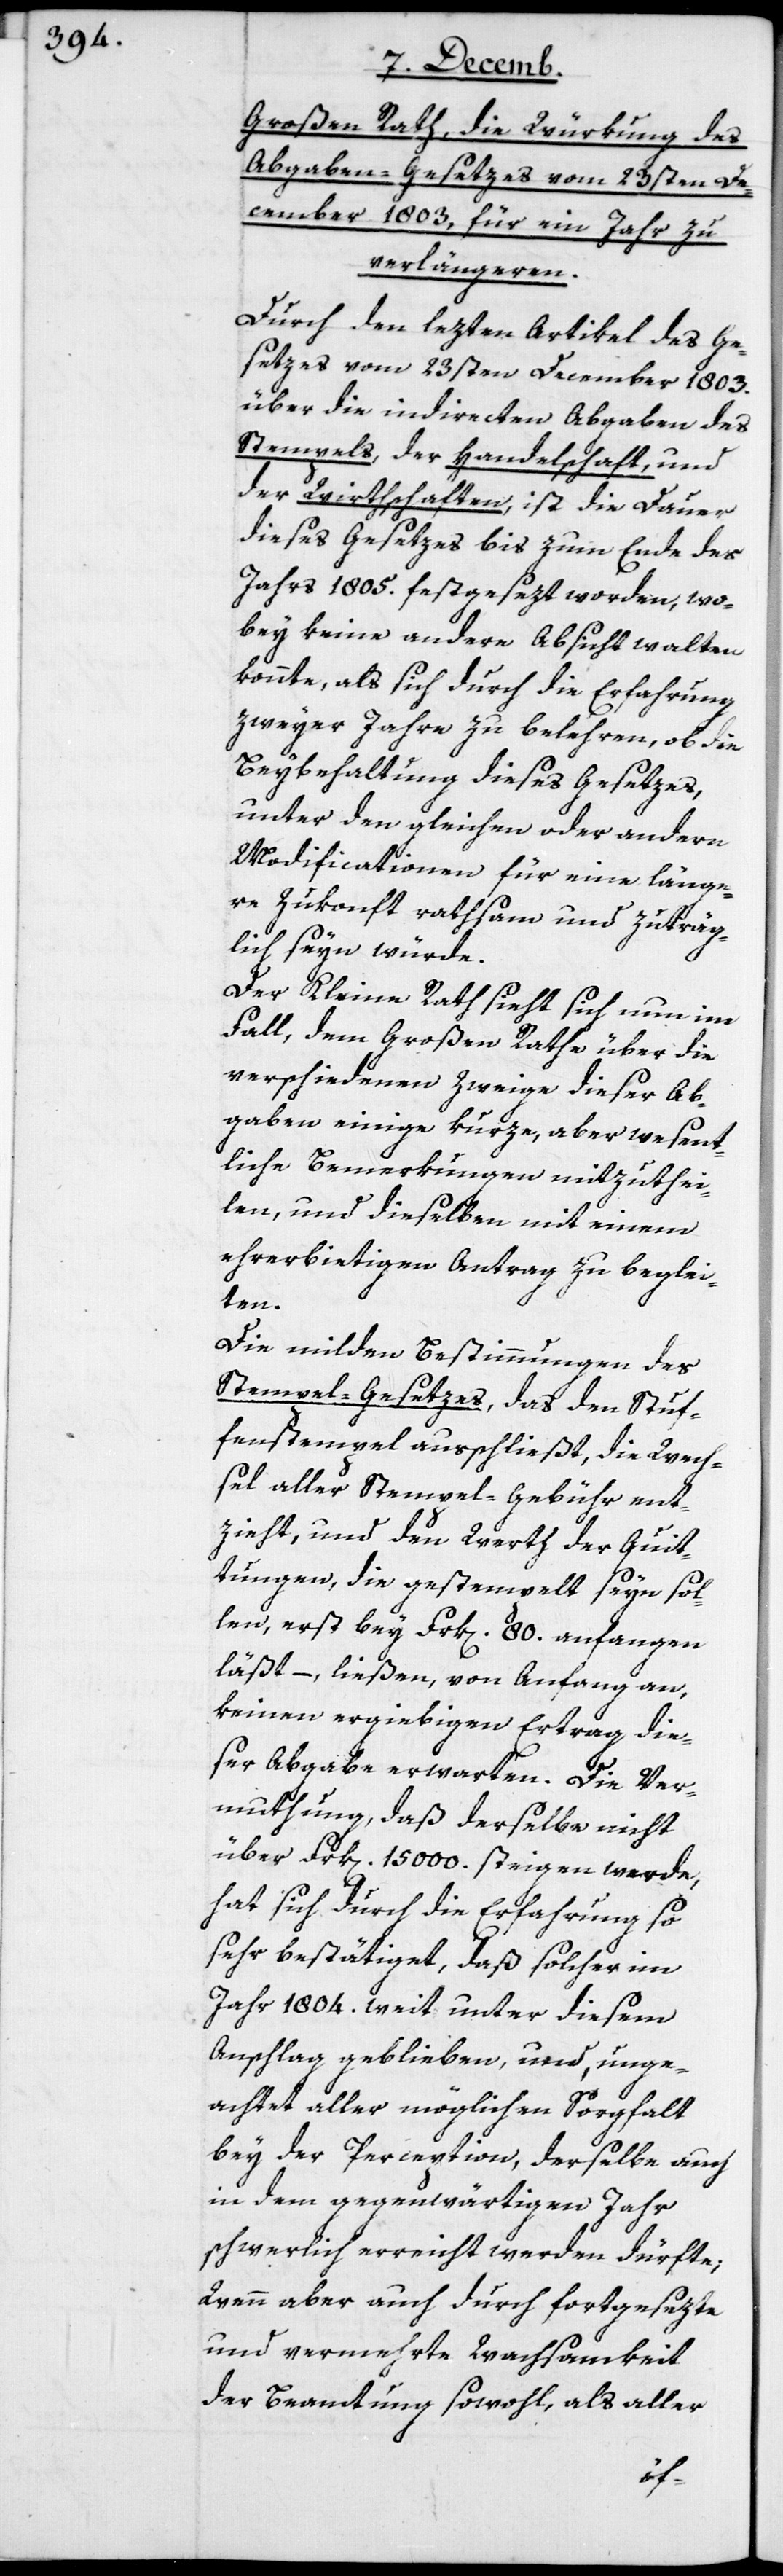
Großen Rath, die Würkung des
Abgaben-Gesetzes vom 23sten De¬
cember 1803, für ein Jahr zu
verlängeren.
Durch den lezten Artikel des Ge¬
setzes vom 23sten December 1803.
über die indirecten Abgaben des
Stempels, der Handelschaft und
der Wirthschaften, ist die Dauer
dieses Gesetzes bis zum Ende des
Jahrs 1805. festgesezt worden, wo¬
bey keine andere Absicht walten
konnte, als sich durch die Erfahrung
zweyer Jahre zu belehren, ob die
Beybehaltung dieses Gesetzes,
unter den gleichen oder andern
Modificationen für eine länge¬
re Zukonft rathsam und zuträg¬
lich sein würde.
Der Kleine Rath sieht sich nun im
Fall, dem Großen Rathe über die
verschiedenen Zweige dieser Ab¬
gaben einige kurze, aber wesent¬
liche Bemerkungen mitzuthei¬
len, und dieselben mit einem
ehrerbietigen Antrag zu beglei¬
ten.
Die milden Bestimmungen des
Stempel-Gesetzes, das den Stu¬
fenstempel ausschließt, die Wech¬
sel aller Stempel-Gebühr ent¬
zieht, und den Werth der Quit¬
tungen, die gestempelt seyn sol¬
len, erst bey Frk[en]. 80 anfangen
läßt, – ließen von Anfang an,
keinen ergiebigen Ertrag die¬
ser Abgabe erwarten. Die Ver¬
muthung, daß derselbe nicht
über Frk. 15 000. steigen werde,
hat sich durch die Erfahrung so
sehr bestätiget, daß solcher im
Jahr 1804. weit unter diesem
Anschlag geblieben, und unge¬
achtet aller möglichen Sorgfalt
bey der Perception, derselbe auch
in dem gegenwärtigen Jahr
schwerlich erreicht werden dürfte;
Wenn aber auch durch fortgesezte
und vermehrte Wachsamkeit
der Beamtung sowohl, als aller